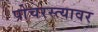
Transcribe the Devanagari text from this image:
पोचरस्त्यावर